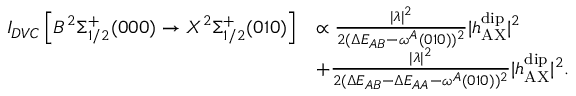
\begin{array} { r l } { I _ { D V C } \left[ B ^ { 2 } \Sigma _ { 1 / 2 } ^ { + } ( 0 0 0 ) \rightarrow X ^ { 2 } \Sigma _ { 1 / 2 } ^ { + } ( 0 1 0 ) \right] } & { \propto \frac { | \lambda | ^ { 2 } } { 2 ( \Delta E _ { A B } - \omega ^ { A } ( 0 1 0 ) ) ^ { 2 } } | h _ { \mathrm { A X } } ^ { \mathrm { d i p } } | ^ { 2 } } \\ & { + \frac { | \lambda | ^ { 2 } } { 2 ( \Delta E _ { A B } - \Delta E _ { A A } - \omega ^ { A } ( 0 1 0 ) ) ^ { 2 } } | h _ { \mathrm { A X } } ^ { \mathrm { d i p } } | ^ { 2 } . } \end{array}